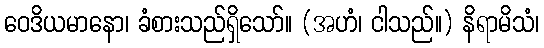
ဝေဒိယမာနော၊ ခံစားသည်ရှိသော်။ (အဟံ၊ ငါသည်။) နိရာမိသံ၊